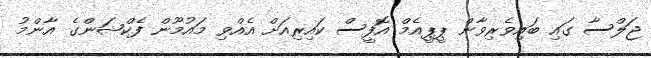
ޖަލްސާ ގައި ބައިވެރިވާން ޕީޕީއެމް އޮފީސް ކައިރިއަށް އެއްވި މައުމޫން ފެކްޝަންގެ އާންމު